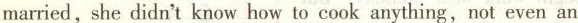
married,she didn't know how to cook anything, not even an